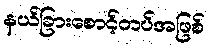
နယ်ခြားစောင့်တပ်အဖြစ်